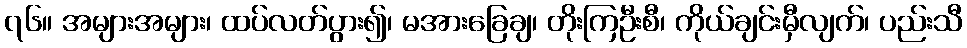
၇၆။ အများအများ၊ ထပ်လတ်ပွား၍၊ မအားခြေချ၊ တိုးကြဦးစီ၊ ကိုယ်ချင်းမှီလျက်၊ ပည်းသီ